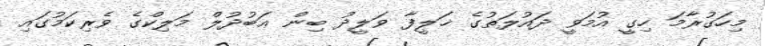
މިހަގުރާމަ ހިގީ އުމަވީ ދައުލަތުގެ ޚަލީފާ ވަލީދު ބިން ޢަބުދުލް މަލިކްގެ ވެރިކަމުގައި